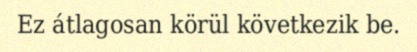
Ez átlagosan körül következik be.